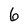
Character: 6